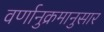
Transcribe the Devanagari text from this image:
वर्णानुक्रमानुसार